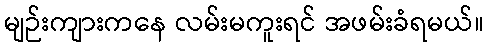
မျဉ်းကျားကနေ လမ်းမကူးရင် အဖမ်းခံရမယ်။